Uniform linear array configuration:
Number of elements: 48
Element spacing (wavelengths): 1
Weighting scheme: binomial
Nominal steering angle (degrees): -60
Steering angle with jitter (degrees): -60.674
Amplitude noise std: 0.05
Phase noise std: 0.05

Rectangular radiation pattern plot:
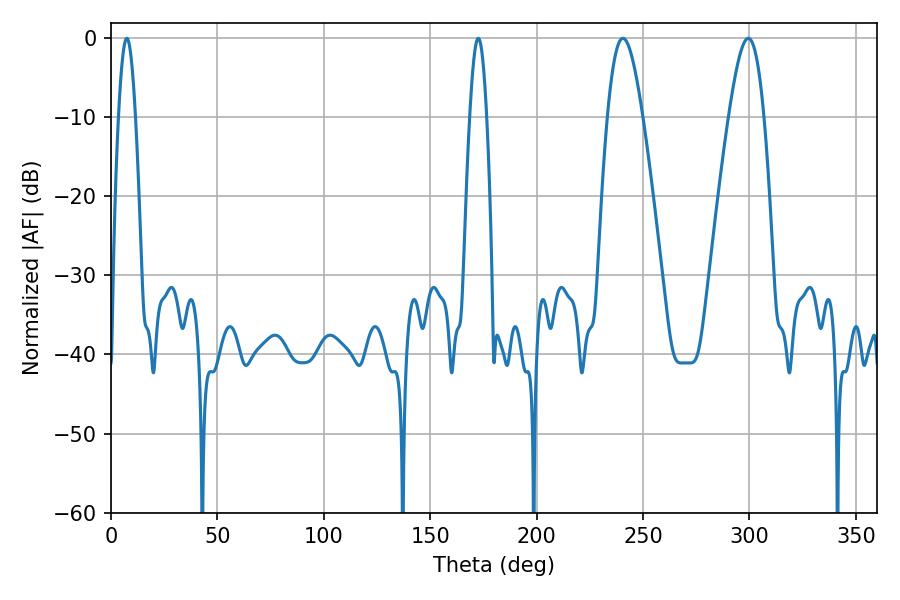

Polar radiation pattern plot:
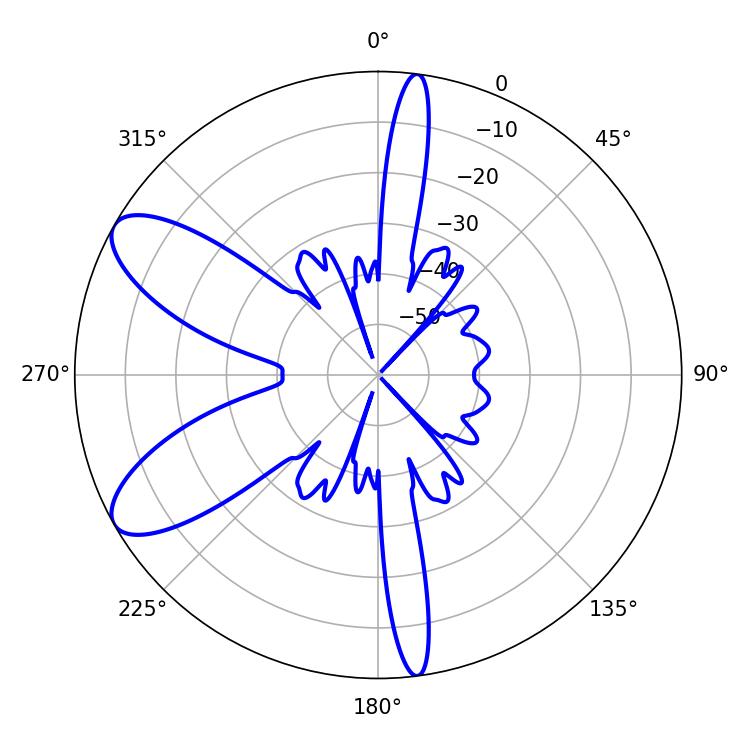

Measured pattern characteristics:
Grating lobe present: TRUE
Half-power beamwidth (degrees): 9
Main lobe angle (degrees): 299.52